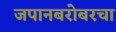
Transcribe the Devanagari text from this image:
जपानबरोबरचा